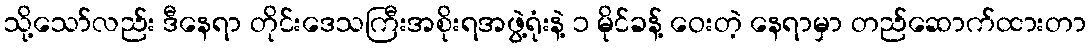
သို့သော်လည်း ဒီနေရာ တိုင်းဒေသကြီးအစိုးရအဖွဲ့ရုံးနဲ့ ၁ မိုင်ခန့် ဝေးတဲ့ နေရာမှာ တည်ဆောက်ထားတာ